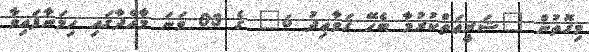
މިގޮތުން "ޝަރީޢަތްކުރުމާ ބެހޭ ޤަވާޢިދު 6" ގެ 03 ވަނަ މާއްދާގައި ހިމަނާފައިވާ